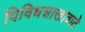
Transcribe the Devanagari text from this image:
विविधशाखावाटे